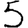
Digit: 5